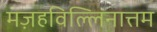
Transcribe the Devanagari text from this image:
मज़हविल्लिनात्तम